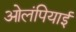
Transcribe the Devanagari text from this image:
ओलंपियाई